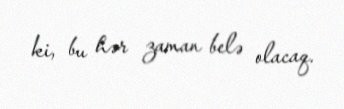
ki, bu hər zaman belə olacaq.